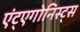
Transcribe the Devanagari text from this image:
एंट्एगोनिस्ट्स